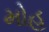
મોહ